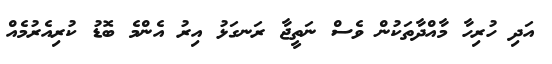
އަދި ހުރިހާ މާއްދާތަކުން ވެސް ނަތީޖާ ރަނގަޅު އިރު އެންމެ ބޮޑު ކުރިއެރުމެއް